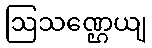
ဩသဏ္ဌေယျ